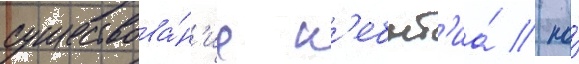
существова́н'ие н'ебыт'иа́ / но́